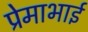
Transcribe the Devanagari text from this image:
प्रेमाभाई